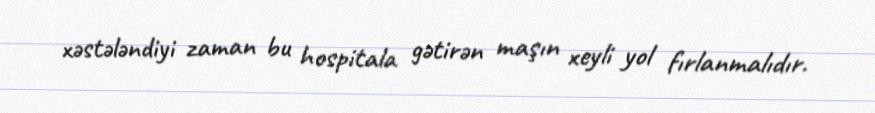
xəstələndiyi zaman bu hospitala gətirən maşın xeyli yol fırlanmalıdır.